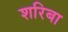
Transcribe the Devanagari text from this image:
शरिबा